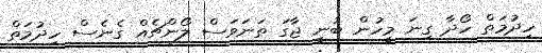
ހިދުމަތް ހޯދާ ގިނަ މީހުން ބުނީ ޖާގަ ތަނަވަސް ލޯންޗެއް ގެނެސް ހިދުމަތް